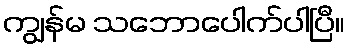
ကျွန်မ သဘောပေါက်ပါပြီ။